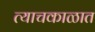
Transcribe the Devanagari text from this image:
त्याचकाळात